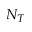
N _ { T }